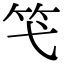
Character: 𥫝